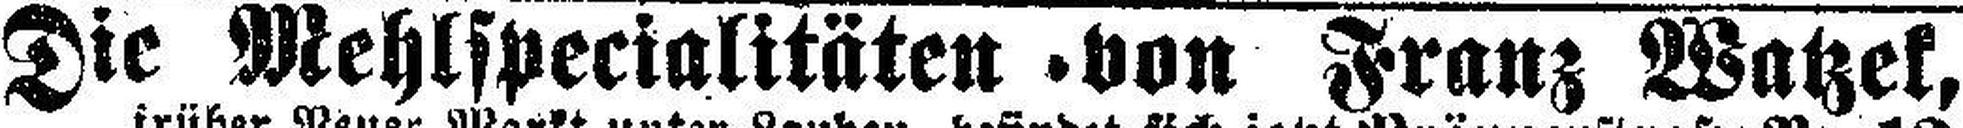
Die Mehlspecialitäten .von Franz Watzek,